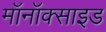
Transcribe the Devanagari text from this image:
मॉनॉक्साइड